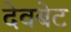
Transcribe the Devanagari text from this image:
देवबेट